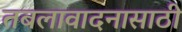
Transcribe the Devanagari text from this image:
तबलावादनासाठी